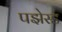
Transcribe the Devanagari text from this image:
पझेस्ड